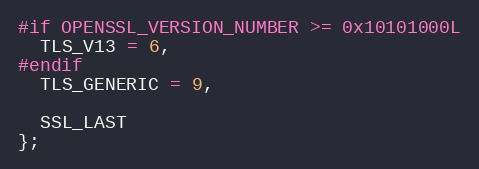
Language: C
#if OPENSSL_VERSION_NUMBER >= 0x10101000L
  TLS_V13 = 6,
#endif
  TLS_GENERIC = 9,

  SSL_LAST
};